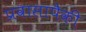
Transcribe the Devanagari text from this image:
प्रवासापैकी